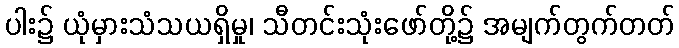
ပါး၌ ယုံမှားသံသယရှိမှု၊ သီတင်းသုံးဖော်တို့၌ အမျက်တွက်တတ်